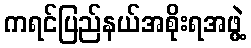
ကရင်ပြည်နယ်အစိုးရအဖွဲ့